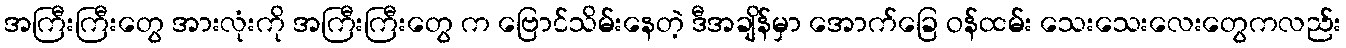
အကြီးကြီးတွေ အားလုံးကို အကြီးကြီးတွေ က ဗြောင်သိမ်းနေတဲ့ ဒီအချိန်မှာ အောက်ခြေ ဝန်ထမ်း သေးသေးလေးတွေကလည်း